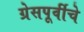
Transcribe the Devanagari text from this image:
ग्रेसपूर्वीचे